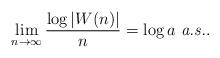
LaTeX: \begin{align*}\lim_{n \to \infty}\frac{\log |W(n)|}{n} = \log a \mbox{ {\em a.s.}}.\end{align*}